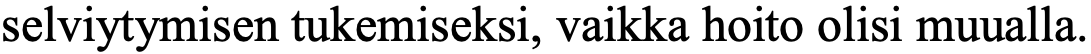
selviytymisen tukemiseksi, vaikka hoito olisi muualla.